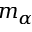
m _ { \alpha }